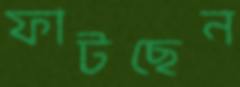
ফাটছেন